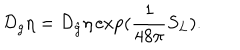
LaTeX: { \cal { D } } _ { g } \eta = { \cal { D } } _ { \hat { g } } \eta \exp ( \frac { 1 } { 4 8 \pi } S _ { L } ) .